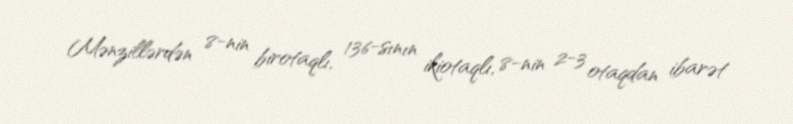
Mənzillərdən 8-nin birotaqlı, 136-sının ikiotaqlı, 8-nin 2-3 otaqdan ibarət